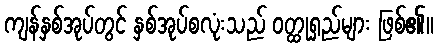
ကျန်နှစ်အုပ်တွင် နှစ်အုပ်စလုံးသည် ဝတ္ထုရှည်များ ဖြစ်၏။